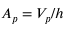
A _ { p } = V _ { p } / h